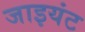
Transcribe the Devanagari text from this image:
जाइयंट